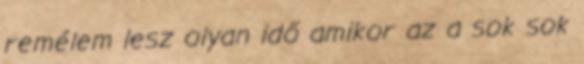
remélem lesz olyan idő amikor az a sok sok